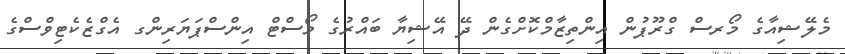
މެލޭޝިއާގެ މޯރސް ގްރޫޕުން އިންތިޒާމްކޮށްގެން ދޭ އޭޝިޔާ ބައްރުގެ މޯސްޓް އިންސްޕަޔަރިންގ އެގްޒެކެޓިވްސްގެ